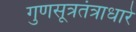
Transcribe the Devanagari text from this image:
गुणसूत्रतंत्राधारे